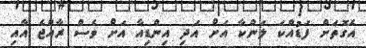
އެގޮތަށް ފަޑުއްކަ ލަންކާ އަށް އަދި އިންޑިއާ އަށް ވެސް ރާއްޖެ އާއި